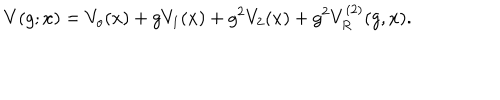
LaTeX: V ( g ; x ) = V _ { o } ( x ) + g V _ { 1 } ( x ) + g ^ { 2 } V _ { 2 } ( x ) + g ^ { 2 } V _ { R } ^ { ( 2 ) } ( g , x ) .